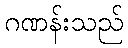
ဂဏန်းသည်